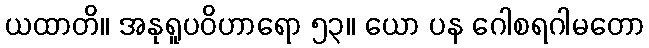
ယထာတိ။ အနုရူပဝိဟာရော ၅၃။ ယော ပန ဂေါစရဂါမတော